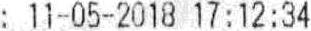
: 11-05-2018 17:12:34